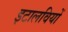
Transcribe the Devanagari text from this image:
इटालवियों